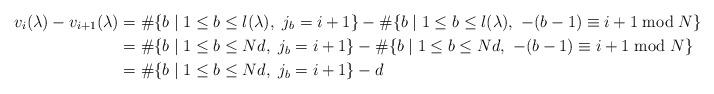
LaTeX: \begin{align*}v_i(\lambda) - v_{i+1}(\lambda) &= \# \{ b \mid 1 \leq b \leq l(\lambda),\ j_{b} = i+1 \} - \# \{ b \mid 1 \leq b \leq l(\lambda),\ - (b-1) \equiv i+1 \bmod N \} \\&= \# \{ b \mid 1 \leq b \leq Nd,\ j_{b} = i+1 \} - \# \{ b \mid 1 \leq b \leq Nd,\ - (b-1) \equiv i+1 \bmod N \} \\&= \# \{ b \mid 1 \leq b \leq Nd,\ j_{b} = i+1 \} - d\end{align*}